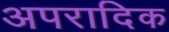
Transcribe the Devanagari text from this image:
अपरादिक